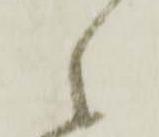
々